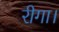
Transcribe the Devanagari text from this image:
रीगा।